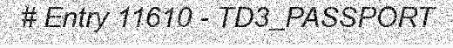
# Entry 11610 - TD3_PASSPORT